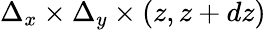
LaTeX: \Delta_{x}\times\Delta_{y}\times(z,z+dz)